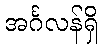
အင်္ဂလန်ရှိ